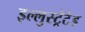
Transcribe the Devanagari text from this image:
इल्लुस्ट्रेटेड